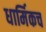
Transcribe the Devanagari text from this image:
धार्मिकच